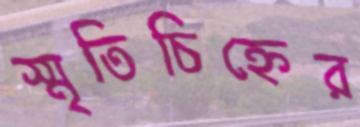
স্মৃতিচিহ্নের